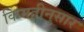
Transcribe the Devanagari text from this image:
किंमतीनुसार